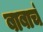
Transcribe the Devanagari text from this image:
बाबाचं